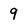
Character: 9